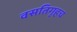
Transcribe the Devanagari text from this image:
वसतिगृहच